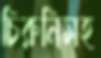
চিরুনিসহ